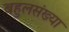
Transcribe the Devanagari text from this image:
बहुलसंख्या